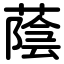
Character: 蔭